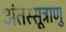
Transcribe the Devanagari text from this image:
अंतस्सूत्राणु